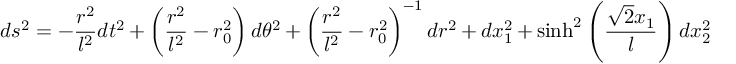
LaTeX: d s ^ { 2 } = - \frac { r ^ { 2 } } { l ^ { 2 } } d t ^ { 2 } + \left( \frac { r ^ { 2 } } { l ^ { 2 } } - r _ { 0 } ^ { 2 } \right) d \theta ^ { 2 } + \left( \frac { r ^ { 2 } } { l ^ { 2 } } - r _ { 0 } ^ { 2 } \right) ^ { - 1 } d r ^ { 2 } + d x _ { 1 } ^ { 2 } + \sinh ^ { 2 } \left( \frac { \sqrt { 2 } x _ { 1 } } { l } \right) d x _ { 2 } ^ { 2 }